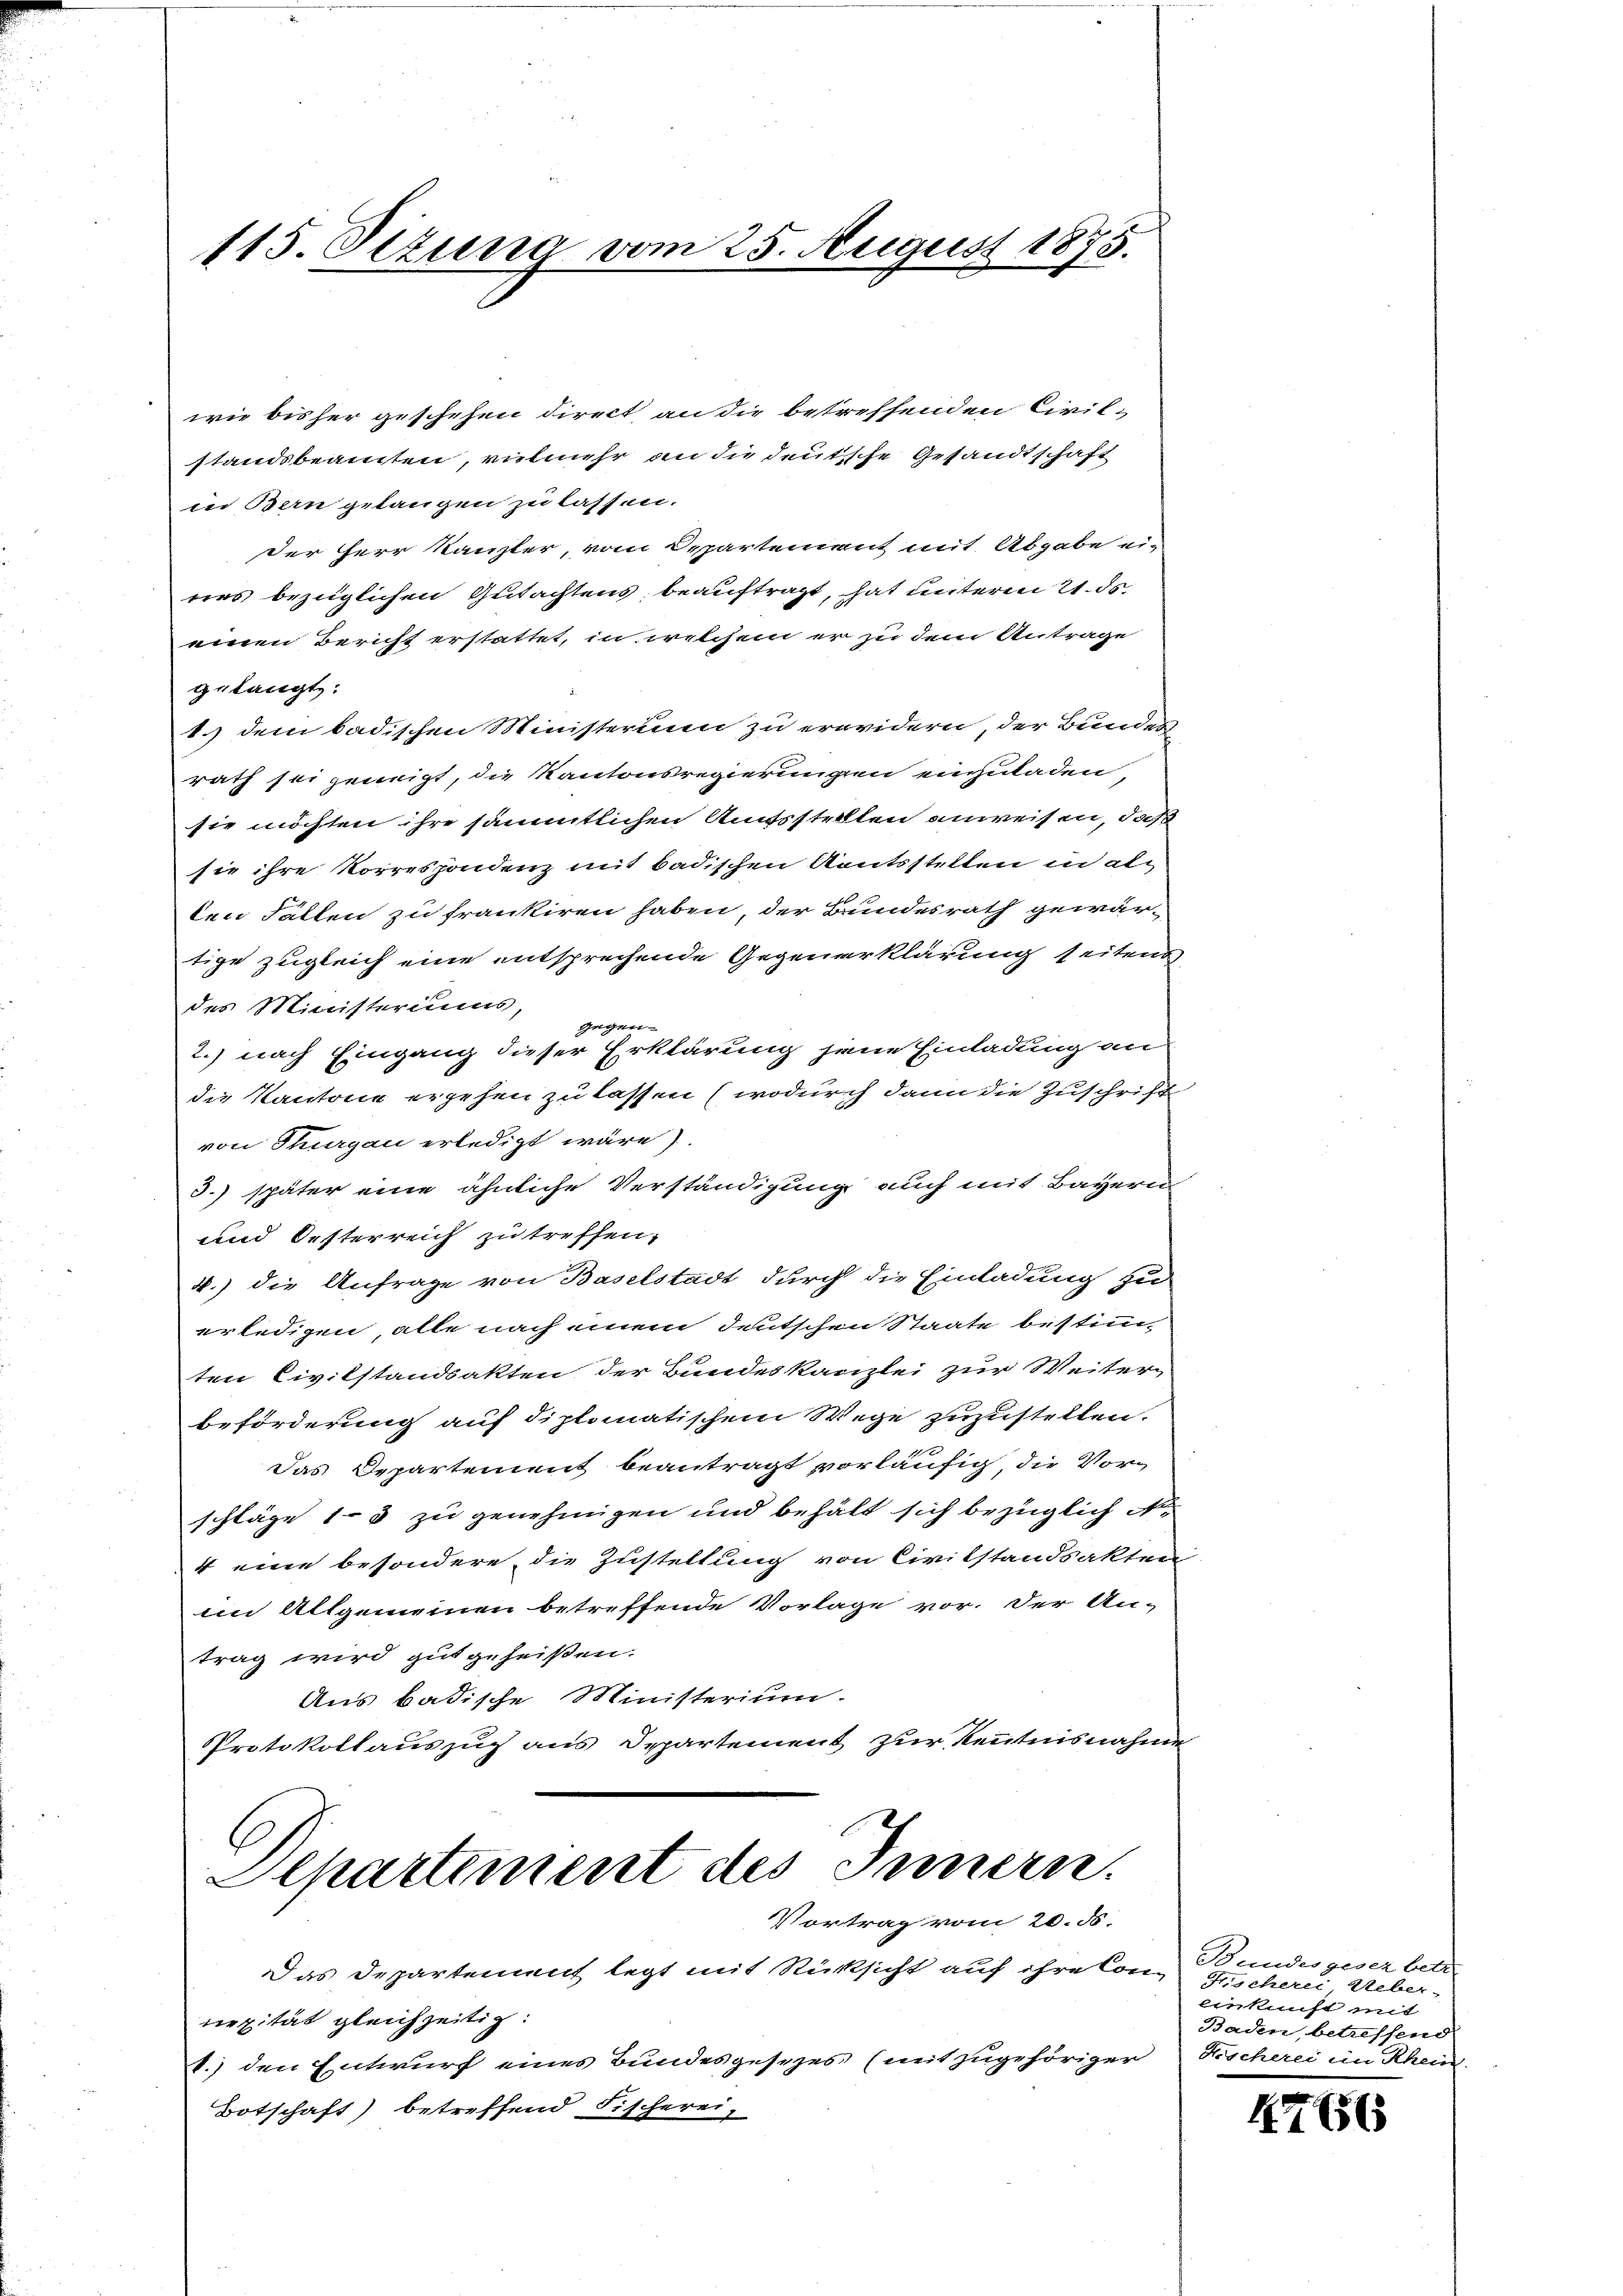
115. Setung vom 25. August 1875.

wie bisher geschehen direct, an die betreffenden Civilstandsbeamten, vielmehr an die deutsche Gesandtschaft
in Bern gelangen zu lassen.
der Herr Kanzler, vom Departement mit Abgabe ei-
nes bezüglichen Gutachtens beauftragt, hat unterm 21. ds.
einen Bericht erstattet, in welchem er zu dem Antrage
gelangt:
1.) dem badischen Ministerium zu erwidern der Bundes
rath sei geneigt, die Kantonsregierungen einzuladen
sie möchten ihre sämmtlichen Amtsstellen anweisen, daß
sie ihre Korrespondenz mit badischen Aentsstellen in alten Fällen zu frankiren haben der Bundesrath gewärtige zugleich eine entsprechende Gegenerklärung seiten
des Ministeriums
gegen
2.) nach Eingang dieser Erklärung jene Einladung an
die Kantone ergehen zu lassen (wodurch dann die Zuschrift
von Thurgau erledigt wäre)
3.) später eine ähnliche Verständigung auch mit Bayern
und Oesterreich zu treffen,
4.) die Anfrage von Baselstadt durch die Einladung zu
erledigen, alle nach einem deutschen Staate bestimmten Civilstandsakten der Bundeskanzlei zur Weiter
beförderung auf diplomatischem Wege zuzustellen.
Das Departement beantragt vorläufig die Vorschläge 13 zu genehmigen und behält sich bezüglich Ar
4 eine besondere, die Zustellung von Civilstandsakten
im Allgemeinen betreffende Vorlage vor. Der An-
trag wird gutgeheißen.
Aus badische Ministerium.
Protokollauszug aus Departement zur Kenntnisnahme

Departement des Innern.
Vortrag vom 20. 56.

Das Departement legt mit Rücksicht auf ihre Con
nexität gleichzeitig.
1.) den Entwurf eines Bundesgesezes (mit zugehöriger
Botschaft) betreffend Fischerei-

Bundesgesez betr.
Fischerei Ueber-
einkunft mit
Baden, betreffend
Kischerei in Rhein.

756